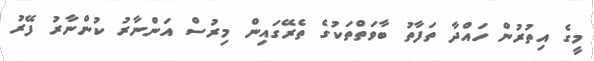
މީގެ އިތުރުން ހައްދާ ތަފާތު ބާވަތްތަކުގެ ތެރޭގައިން މިރުސް އަންނާރު ކުންނާރު ފޭރު